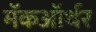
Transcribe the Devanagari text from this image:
मॅकऑर्थर